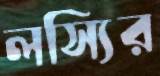
লস্যির